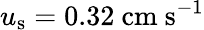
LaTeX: u_{\mathrm{s}}=0.32~\textrm{cm}~\textrm{s}^{-1}